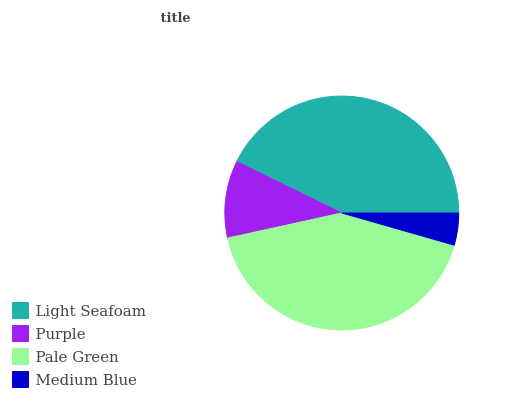
| Light Seafoam | Purple | Pale Green | Medium Blue |
 | --- | --- | --- | --- |
 | 42.8% | 10.7% | 42.1% | 4.44% |